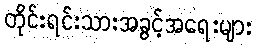
တိုင်းရင်းသားအခွင့်အရေးများ